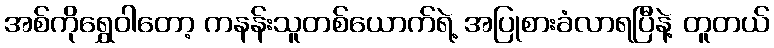
အစ်ကိုရွှေဝါတော့ ကနန်းသူတစ်ယောက်ရဲ့ အပြုစားခံလာရပြီနဲ့ တူတယ်